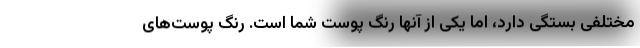
مختلفی بستگی دارد، اما یکی از آنها رنگ پوست شما است. رنگ پوست‌های